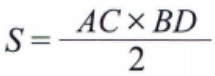
\[S = \frac{AC\times BD}{2}\]